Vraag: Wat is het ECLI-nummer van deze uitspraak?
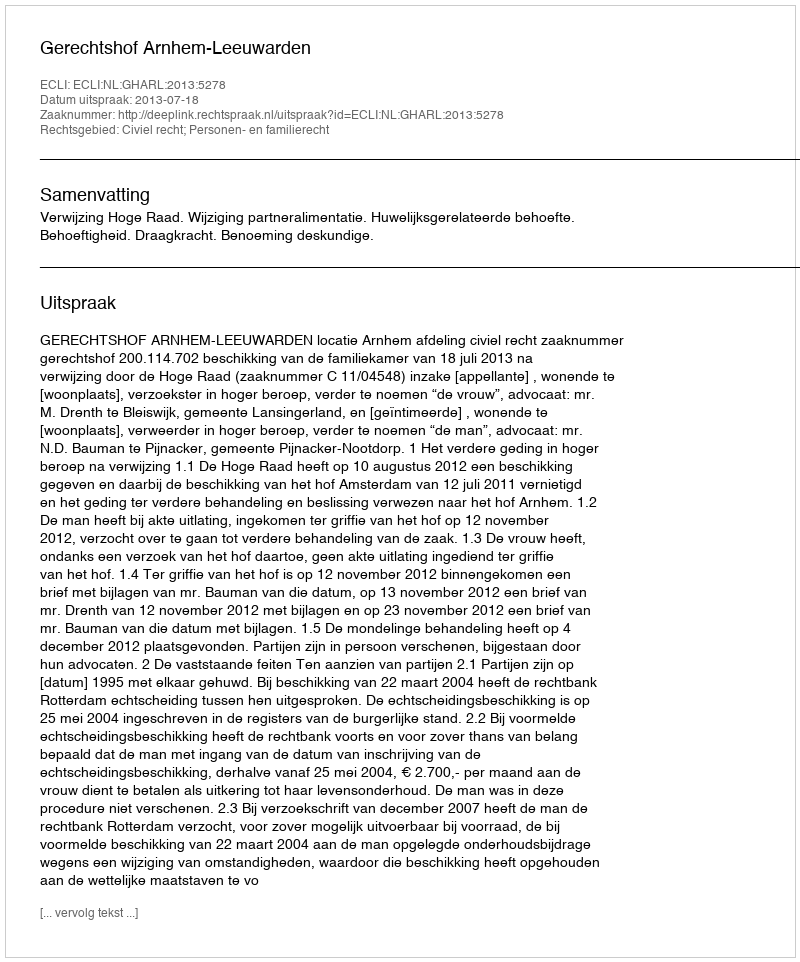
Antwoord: ECLI:NL:GHARL:2013:5278